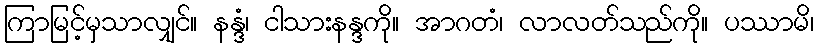
ကြာမြင့်မှသာလျှင်။ နန္ဒံ၊ ငါသားနန္ဒကို။ အာဂတံ၊ လာလတ်သည်ကို။ ပဿာမိ၊